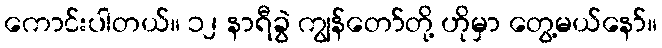
ကောင်းပါတယ်။ ၁၂ နာရီခွဲ ကျွန်တော်တို့ ဟိုမှာ တွေ့မယ်နော်။